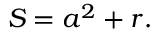
S = a ^ { 2 } + r .